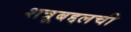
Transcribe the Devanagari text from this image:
शत्रूबद्दलची